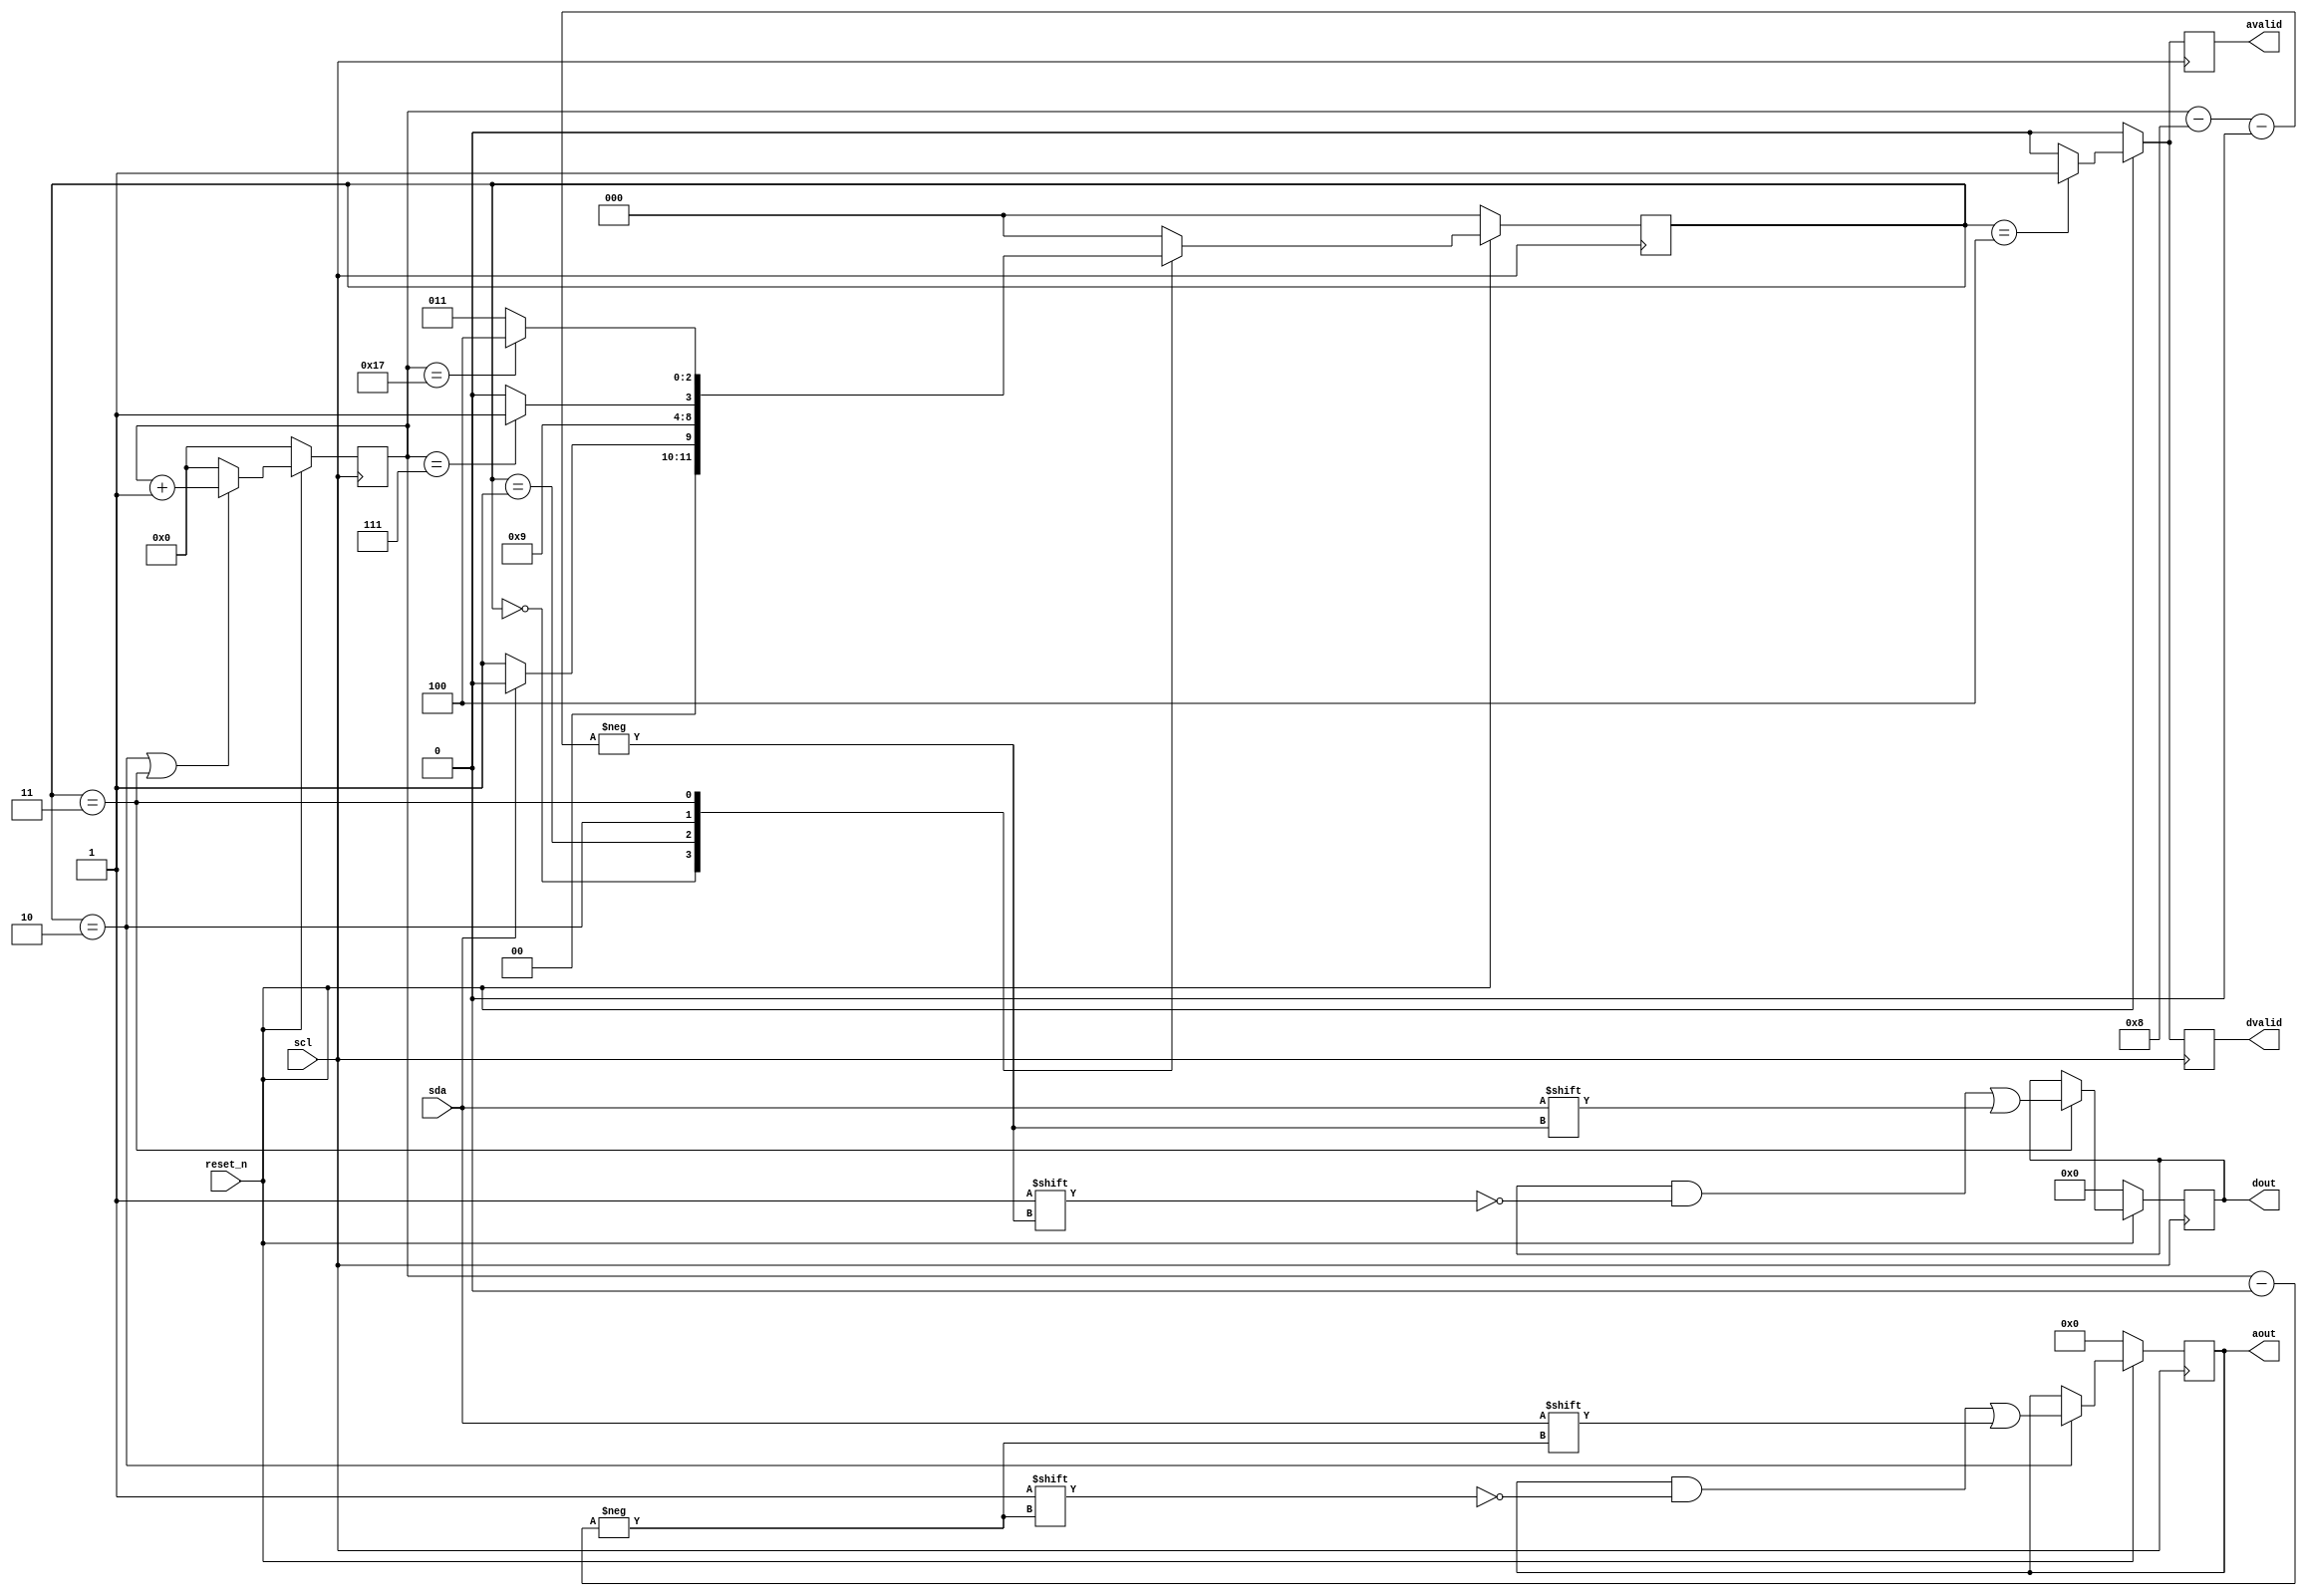
`timescale 1ns/10ps
module SDAM( reset_n, scl, sda, avalid, aout, dvalid, dout);
//input
input       reset_n;	
input       scl; 	//clk
input       sda; 	//data and address and input enable
//output
output reg avalid, dvalid; 
output reg [7:0]        aout;
output reg [15:0]	dout;
//state
parameter IDLE=3'd0;
parameter START=3'd1;
parameter ADDR=3'd2;
parameter DATA=3'd3;
parameter END=3'd4;
//reg
reg [2:0] cs,ns;
reg [4:0] cnt;

//--------OL--------//
//aout
always@(posedge scl)
begin
	if(~reset_n) aout<=8'd0;
	else if(cs==ADDR) aout[cnt]<=sda;
end

//dout
always@(posedge scl)
begin
	if(~reset_n) dout<=16'd0;
	else if(cs==DATA) dout[cnt-5'd8]<=sda;
end

//avalid
always@(posedge scl)
begin
	if(~reset_n) avalid<=1'd0;
	else if(cs==END) avalid<=1'd1;
	else avalid<=1'd0;
end

//dvalid
always@(posedge scl)
begin
        if(~reset_n) dvalid<=1'd0;
        else if(cs==END) dvalid<=1'd1;
        else dvalid<=1'd0;
end

//cnt------need to save value->sequential
always@(posedge scl)
begin
	if(~reset_n) cnt<=5'd0;
	else if(cs==ADDR || cs==DATA) cnt<=cnt+5'd1;
	else cnt<=5'd0;
end

//--------CS--------//
//current-state
always@(posedge scl)
begin
	if(~reset_n) cs<=IDLE;
	else cs<=ns;
end

//--------NS--------//
//next-state
always@(*)
begin
	case(cs)
	IDLE:ns=(~sda)?START:IDLE;
	START:ns=ADDR;
	ADDR:ns=(cnt==5'd7)?DATA:ADDR;
	DATA:ns=(cnt==5'd23)?END:DATA;
	END:ns=IDLE;
	default:ns=IDLE;
	endcase
end
endmodule